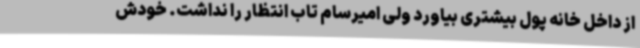
از داخل خانه پول بیشتری بیاورد ولی امیرسام تاب انتظار را نداشت. خودش